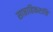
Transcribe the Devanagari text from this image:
साप्ताहिकरात्रि